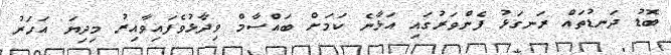
ބޮޑު ދަނޑުތައް ރަނގަޅު ފެންވަރުގައި އަޅާނެ ކަމަށް ބައްސާމް ވިދާޅުވެފައިވާއިރު މިދިޔަ އަހަރު